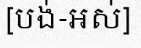
[បង់-អស់]